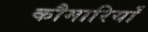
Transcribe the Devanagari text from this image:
कौमारियाँ